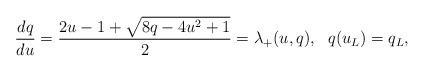
LaTeX: \begin{align*}\frac{dq}{du}=\frac{2u-1+\sqrt{8q-4u^2+1}}{2}=\lambda_+(u,q), \ \ q(u_L)=q_L,\end{align*}